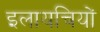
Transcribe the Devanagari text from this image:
इलायचियों